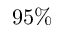
9 5 \%